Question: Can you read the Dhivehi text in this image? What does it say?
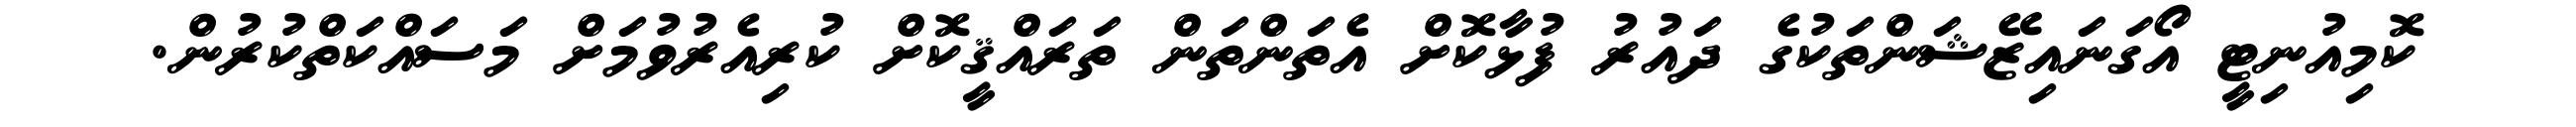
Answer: ކޮމިއުނިޓީ އޯގަނައިޒޭޝަންތަކުގެ ދައުރު ފުޅާކޮށް އެތަންތަން ތަރައްޤީކޮށް ކުރިއެރުވުމަށް މަސައްކަތްކުރުން.